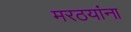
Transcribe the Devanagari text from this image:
मरठयांना